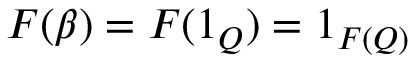
F ( \beta ) = F ( 1 _ { Q } ) = 1 _ { F ( Q ) }